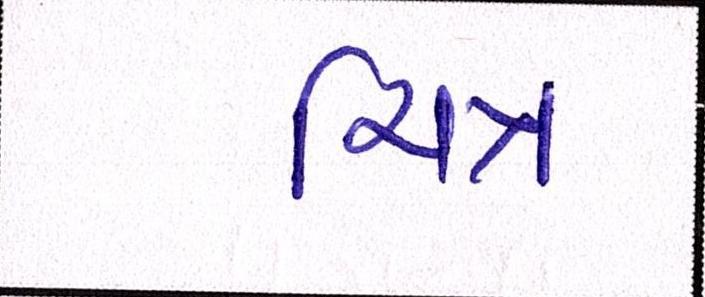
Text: ચિત્ર